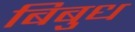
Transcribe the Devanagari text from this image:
बिबुध